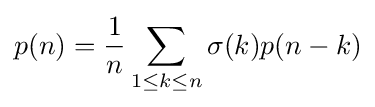
p(n)={\frac {1}{n}}\sum _{1\leq k\leq n}\sigma (k)p(n-k)